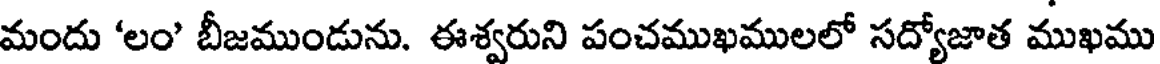
మందు 'లం' బీజముండును. ఈశ్వరుని పంచముఖములలో సద్యోజాత ముఖము